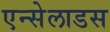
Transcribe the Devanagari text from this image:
एन्सेलाडस